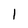
Character: I